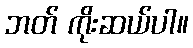
ဘတ် ကိုးဆယ်ပါ။